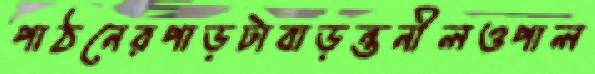
পাঠনেরপাড়টাবাড়ন্তনীলওপাল